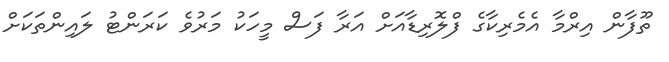
ތޫފާން އިރްމާ އެމެރިކާގެ ފްލޮރިޑާއަށް އަރާ ފަސް މީހަކު މަރުވެ ކަރަންޓު ލައިންތަކަށް